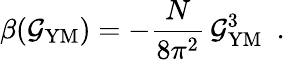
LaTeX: \beta(\mathcal{G}_{\mathrm{{YM}}})=-\frac{{N}}{{8\pi^{2}}}\, \mathcal{G}_{\mathrm{{YM}}}^{3}~~.